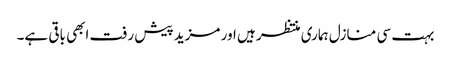
بہت سی منازل ہماری منتظر ہیں اور مزید پیش رفت ابھی باقی ہے۔